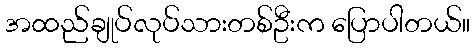
အထည်ချုပ်လုပ်သားတစ်ဦးက ပြောပါတယ်။